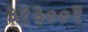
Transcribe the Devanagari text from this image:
३१३००१